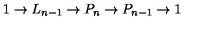
1 \to L _ { n - 1 } \to P _ { n } \to P _ { n - 1 } \to 1